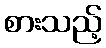
စားသည့်